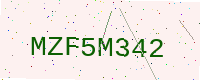
Text: MZF5M342